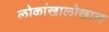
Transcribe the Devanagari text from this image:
लोकांखालोखाल